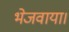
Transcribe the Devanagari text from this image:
भेजवाया।